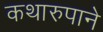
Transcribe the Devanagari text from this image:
कथारुपाने